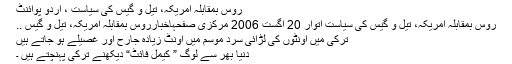
روس بمقابلہ امریکہ، تیل و گیس کی سیاست ، اُردو پوائنٹ
روس بمقابلہ امریکہ، تیل و گیس کی سیاست اتوار 20 اگست 2006 مرکزی صفحہاخبارروس بمقابلہ امریکہ، تیل و گیس ..
ترکی میں اونٹوں کی لڑائی سرد موسم میں اونٹ زیادہ جارح اور غصیلے ہو جاتے ہیں
دنیا بھر سے لوگ ” کیمل فائٹ“ دیکھنے ترکی پہنچتے ہیں ۔